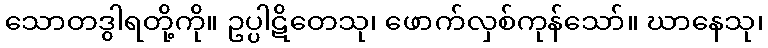
သောတဒွါရတို့ကို။ ဥပ္ပါဋိတေသု၊ ဖောက်လှစ်ကုန်သော်။ ဃာနေသု၊